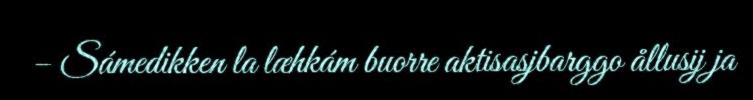
– Sámedikken la læhkám buorre aktisasjbarggo ållusij ja